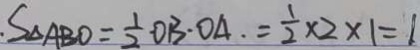
S _ { \Delta A B O } = \frac { 1 } { 2 } O B \cdot O A = \frac { 1 } { 2 } \times 2 \times 1 = 1